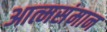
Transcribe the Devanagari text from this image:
आत्मसंमान